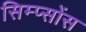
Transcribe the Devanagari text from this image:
सिम्प्सोंस